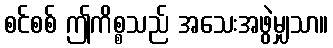
စင်စစ် ဤကိစ္စသည် အသေးအဖွဲမျှသာ။